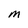
Character: M